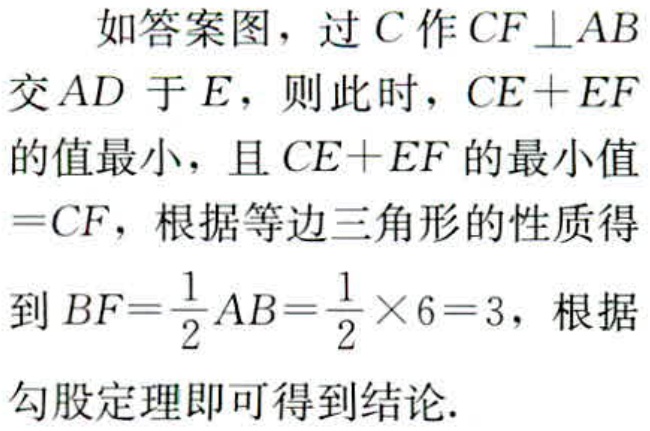
如答案图，过\(C\)作\(CF \perp AB\)交\(AD\)于\(E\)，则此时，\(CE + EF\)的值最小，且\(CE + EF\)的最小值\(=CF\)，根据等边三角形的性质得到\(BF = \frac{1}{2}AB=\frac{1}{2} \times 6 = 3\)，根据勾股定理即可得到结论.